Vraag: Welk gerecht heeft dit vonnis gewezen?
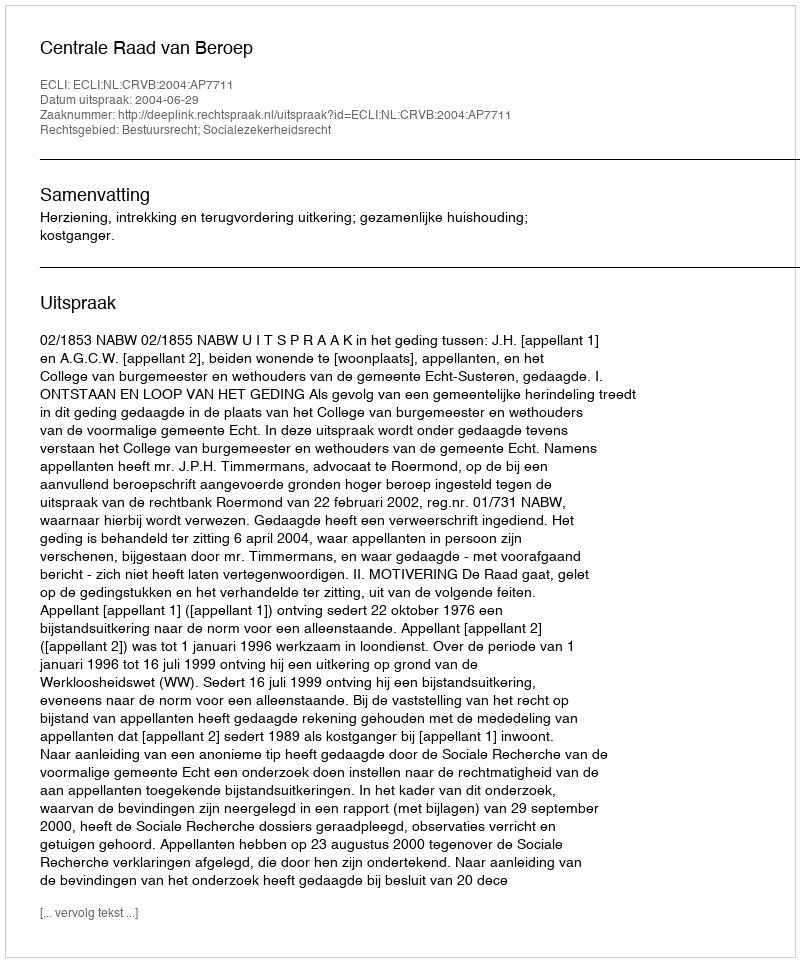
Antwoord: Centrale Raad van Beroep